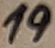
Text: 19